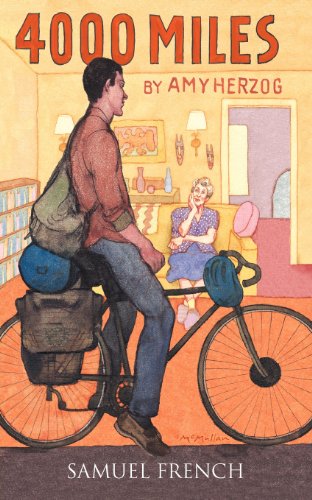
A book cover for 4000 Miles; Amy Herzog; Literature & Fiction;